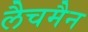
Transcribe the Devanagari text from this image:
लैचमैन